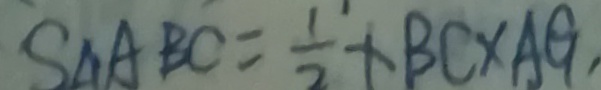
S _ { \Delta A B C } = \frac { 1 } { 2 } \times B C \times A G ,